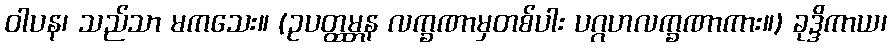
ဝါပန၊ သည်သာ မကသေး။ (ဥပတ္ထမ္ဘန လက္ခဏာမှတစ်ပါး ပဂ္ဂဟလက္ခဏာကား။) ခုဒ္ဒိကာယ၊